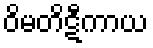
ဝိမတိဋီကာယ